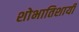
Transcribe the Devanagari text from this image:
शोभातिशायी